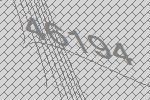
46194